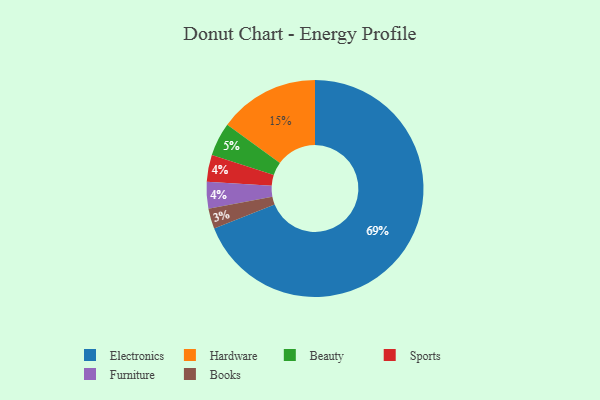
{"axis": {"x": "Category", "y": "Percentage"}, "legend": ["Beauty", "Books", "Electronics", "Furniture", "Hardware", "Sports"], "data": [{"x": "Hardware", "y": 15, "type": "Hardware"}, {"x": "Electronics", "y": 69, "type": "Electronics"}, {"x": "Books", "y": 3, "type": "Books"}, {"x": "Sports", "y": 4, "type": "Sports"}, {"x": "Beauty", "y": 5, "type": "Beauty"}, {"x": "Furniture", "y": 4, "type": "Furniture"}]}